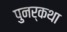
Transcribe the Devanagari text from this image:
पुनर्कथा